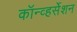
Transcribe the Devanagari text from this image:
कॉन्व्हर्सेशन